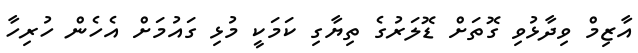
އާޒިމް ވިދާޅުވި ގޮތަށް ޑޮލަރުގެ ތިޔާގި ކަމަކީ މުޅި ގައުމަށް އެހެން ހުރިހާ